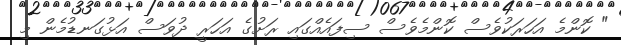
" ކޮންމެ އަހަރަކުވެސް ކޮންމެެވެސް ސިފައެއްގައި ރަށުގެ އަހަރީ ދުވަސް އަޅުގަނޑުމެން މި